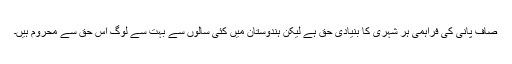
صاف پانی کی فراہمی ہر شہری کا بنیادی حق ہے لیکن ہندوستان میں کئی سالوں سے بہت سے لوگ اس حق سے محروم ہیں۔